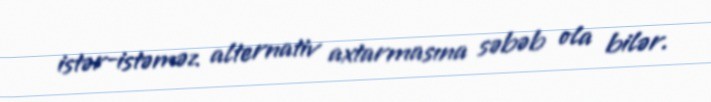
istər-istəməz alternativ axtarmasına səbəb ola bilər.